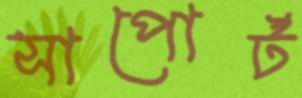
সাপোর্ট